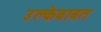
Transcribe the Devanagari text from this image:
उल्केबाबत